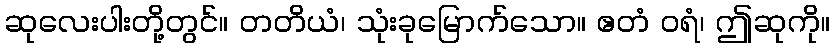
ဆုလေးပါးတို့တွင်။ တတိယံ၊ သုံးခုမြောက်သော။ ဧတံ ဝရံ၊ ဤဆုကို။